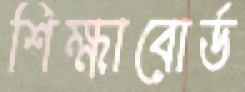
শিক্ষাবোর্ড